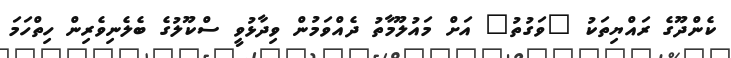
ކެންދޫގެ ރައްޔިތަކު "ވަގުތު" އަށް މައުލޫމާތު ދެއްވަމުން ވިދާޅުވީ ސްކޫލުގެ ބެލެނިވެރިން ހިތްހަމަ